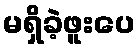
မရှိခဲ့ဖူးပေ